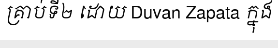
គ្រាប់ទី២ ដោយ Duvan Zapata ក្នុង